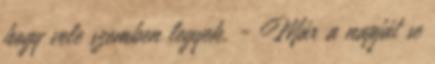
hogy vele szemben legyek. - Már a napját se